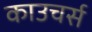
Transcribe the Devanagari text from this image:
काउचर्स